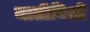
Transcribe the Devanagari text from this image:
जातीनिशी